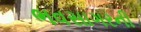
ભવસાગરની